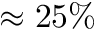
\approx 2 5 \%